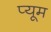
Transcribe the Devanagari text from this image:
प्यूम